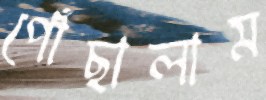
পোঁছালাম